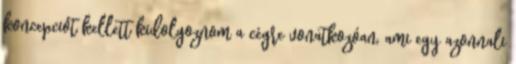
koncepciót kellett kidolgoznom a cégre vonatkozóan, ami egy azonnali